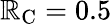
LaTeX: \mathbb{R}_{\textrm{{C}}}=0.5